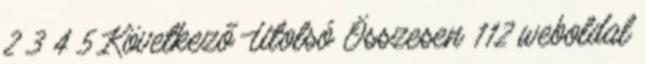
2 3 4 5 Következő Utolsó Összesen 112 weboldal